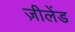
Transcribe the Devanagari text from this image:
ज़ीलेंड